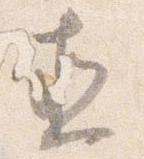
直